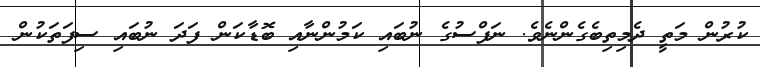
ކުރުން މަތީ ދެމިތިބެގެންނެވެ. ނަފްސުގެ ނުބައި ކަމުންނާއި ބޮޑާކަން ފަދަ ނުބައި ސިފަތަކުން